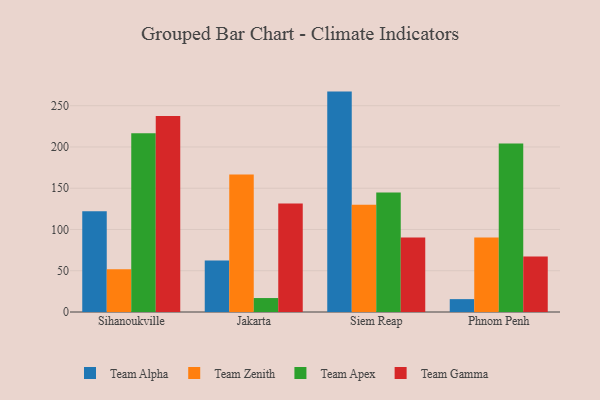
{"axis": {"x": "City", "y": "Latency (ms)"}, "legend": ["Team Alpha", "Team Apex", "Team Gamma", "Team Zenith"], "data": [{"x": "Sihanoukville", "y": 122.0, "type": "Team Alpha"}, {"x": "Sihanoukville", "y": 51.9, "type": "Team Zenith"}, {"x": "Sihanoukville", "y": 216.7, "type": "Team Apex"}, {"x": "Sihanoukville", "y": 237.4, "type": "Team Gamma"}, {"x": "Jakarta", "y": 62.3, "type": "Team Alpha"}, {"x": "Jakarta", "y": 166.5, "type": "Team Zenith"}, {"x": "Jakarta", "y": 16.9, "type": "Team Apex"}, {"x": "Jakarta", "y": 131.5, "type": "Team Gamma"}, {"x": "Siem Reap", "y": 267.1, "type": "Team Alpha"}, {"x": "Siem Reap", "y": 130.0, "type": "Team Zenith"}, {"x": "Siem Reap", "y": 144.8, "type": "Team Apex"}, {"x": "Siem Reap", "y": 90.4, "type": "Team Gamma"}, {"x": "Phnom Penh", "y": 15.6, "type": "Team Alpha"}, {"x": "Phnom Penh", "y": 90.4, "type": "Team Zenith"}, {"x": "Phnom Penh", "y": 204.1, "type": "Team Apex"}, {"x": "Phnom Penh", "y": 67.3, "type": "Team Gamma"}]}